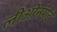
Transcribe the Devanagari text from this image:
लीओनगेट